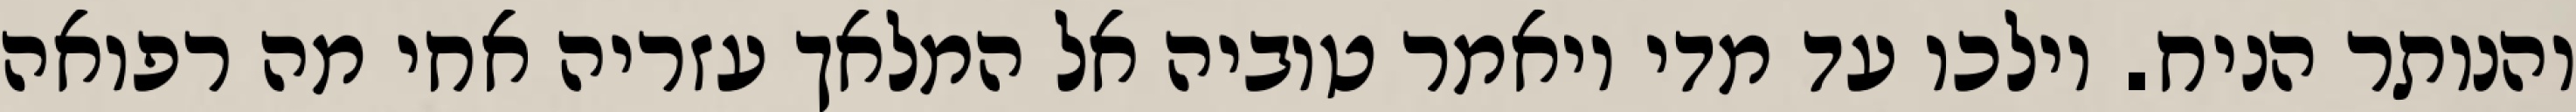
והנותר הניח. וילכו עד מדי ויאמר טוביה אל המלאך עזריה אחי מה רפואה